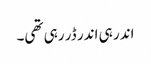
اندر ہی اندر ڈر رہی تھی۔